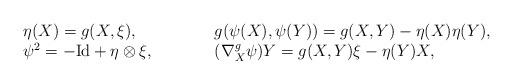
LaTeX: \begin{align*}\begin{array}{ll}\eta(X)=g(X,\xi), &g(\psi(X),\psi(Y))=g(X,Y)-\eta(X)\eta(Y),\\\psi^2=-\mathrm{Id}+\eta \otimes \xi,\quad\qquad&(\nabla^{g}_{X}\psi)Y=g(X,Y)\xi-\eta(Y)X,\end{array}\end{align*}